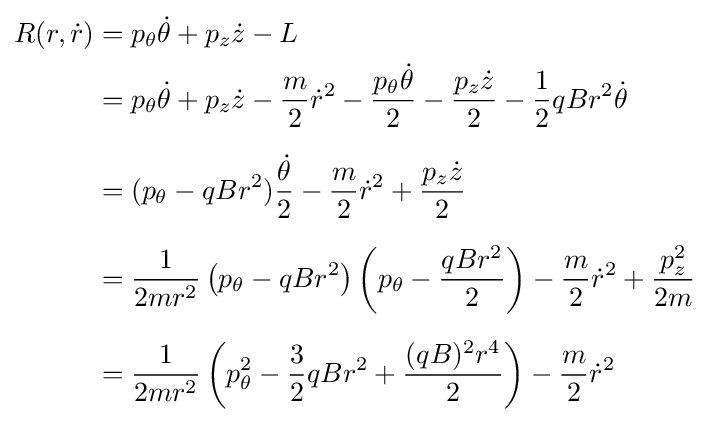
{\begin{aligned}R(r,{\dot {r}})&=p_{\theta }{\dot {\theta }}+p_{z}{\dot {z}}-L\\&=p_{\theta }{\dot {\theta }}+p_{z}{\dot {z}}-{\frac {m}{2}}{\dot {r}}^{2}-{\frac {p_{\theta }{\dot {\theta }}}{2}}-{\frac {p_{z}{\dot {z}}}{2}}-{\frac {1}{2}}qBr^{2}{\dot {\theta }}\\[6pt]&=(p_{\theta }-qBr^{2}){\frac {\dot {\theta }}{2}}-{\frac {m}{2}}{\dot {r}}^{2}+{\frac {p_{z}{\dot {z}}}{2}}\\[6pt]&={\frac {1}{2mr^{2}}}\left(p_{\theta }-qBr^{2}\right)\left(p_{\theta }-{\frac {qBr^{2}}{2}}\right)-{\frac {m}{2}}{\dot {r}}^{2}+{\frac {p_{z}^{2}}{2m}}\\[6pt]&={\frac {1}{2mr^{2}}}\left(p_{\theta }^{2}-{\frac {3}{2}}qBr^{2}+{\frac {(qB)^{2}r^{4}}{2}}\right)-{\frac {m}{2}}{\dot {r}}^{2}\end{aligned}}